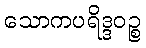
သောကပရိဒ္ဒဝဉ္စ